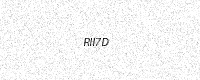
Text: RII7D